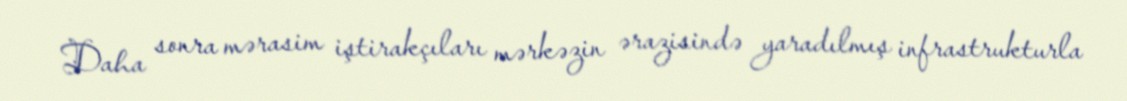
Daha sonra mərasim iştirakçıları mərkəzin ərazisində yaradılmış infrastrukturla